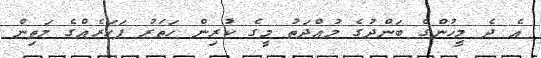
އެ ދެ މީހުންގެ ބަންދުގެ މުއްދަތު މީގެ ކުރިން ހަތަރު ފަހަރެއްގެ މަތިން